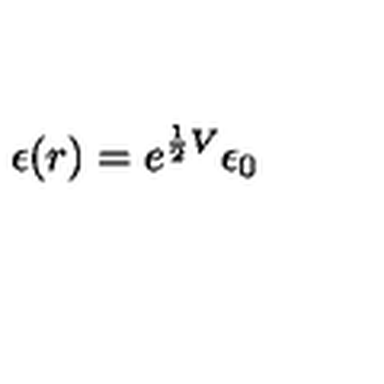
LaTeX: \epsilon ( r ) = e ^ { { \frac { 1 } { 2 } } V } \epsilon _ { 0 }